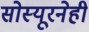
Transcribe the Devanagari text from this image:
सोस्यूरनेही